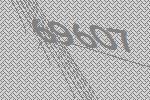
69607